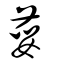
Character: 荽